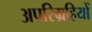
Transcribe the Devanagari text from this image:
अपरिग्रहियों